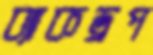
ব্যাকড্রপ